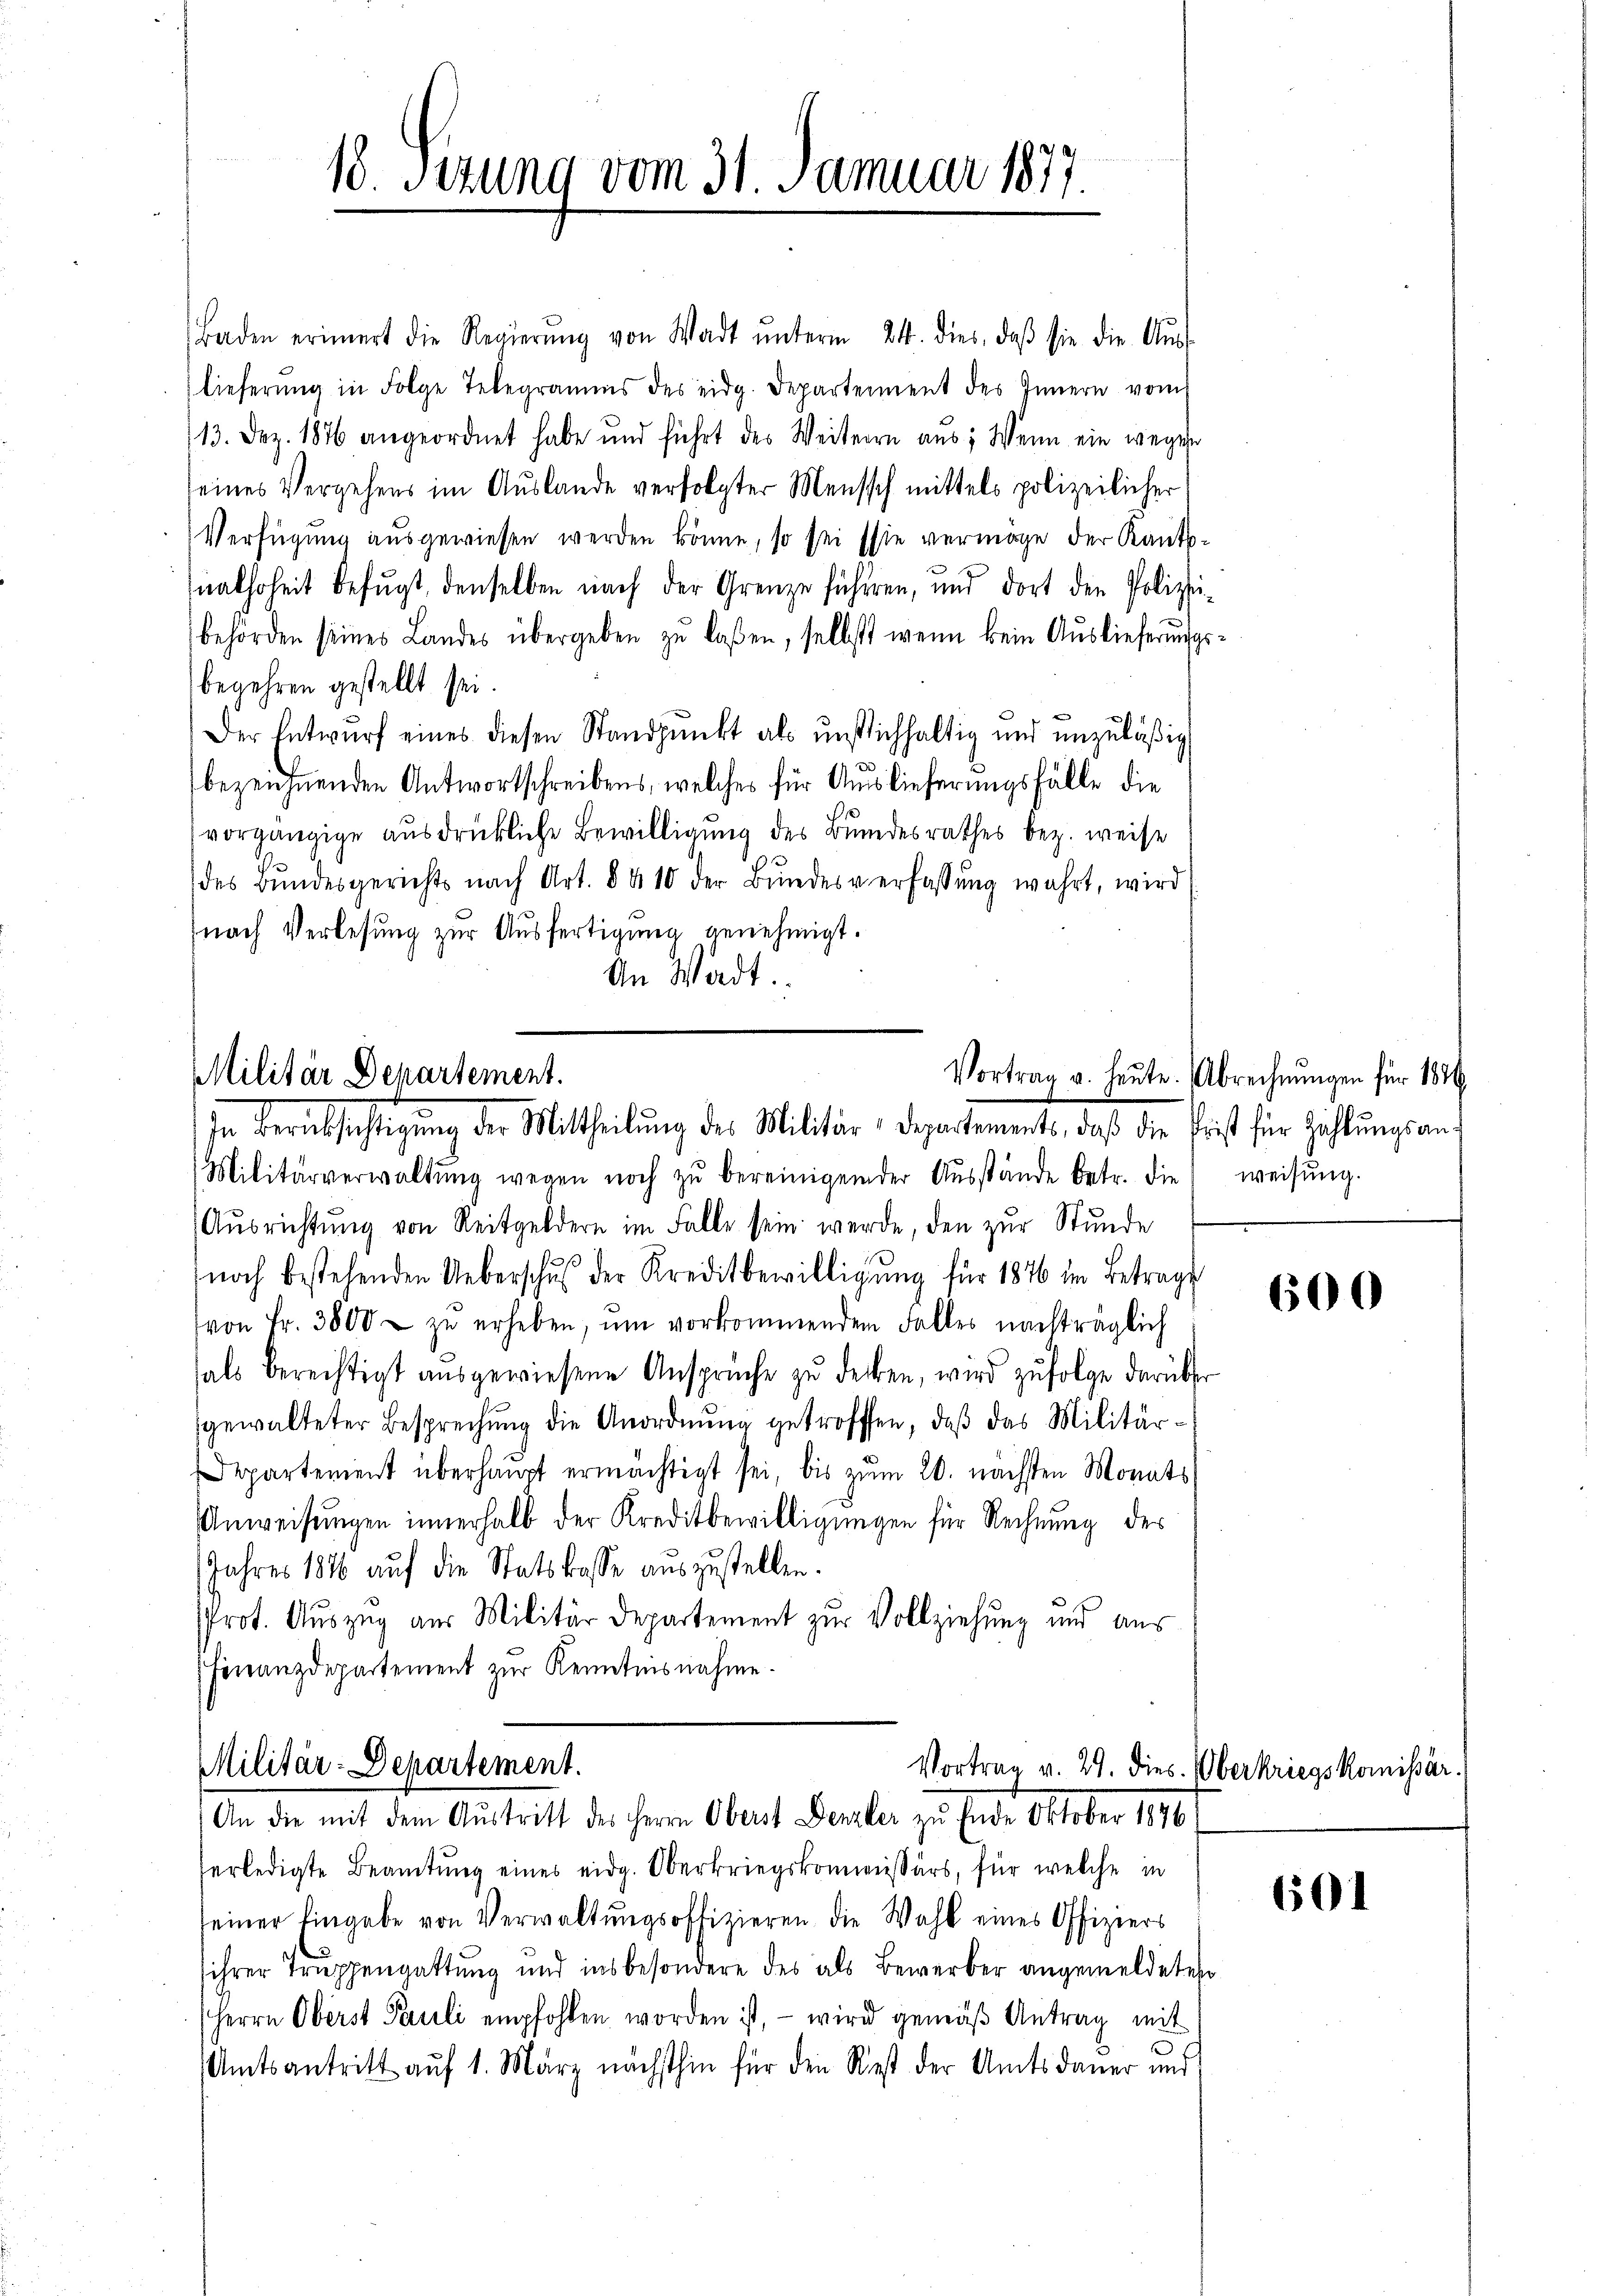
18. Setzung vom 31. Januar 1877.

Baden erinnert die Regierŭng von Wadt ŭnterm 24. dies, daβ sie die Aŭs-
lieferŭng in Folge Telegramms des eidg. Departement des Innern vom
113. Dez. 1876 angeordnet habe und führt des Weiteren aus: Wenn ein wegen
seines Vergehens im Auslande verfolgter Mensch mittels polizeilicher
Verfügung ausgewiesen werden könne, so sei sie vermöge der Kantonalhoheit befugt, denselben nach der Grenze führen, und dort den Polizei-
behörden seines Landes übergeben zŭ laßen, selbst wenn kein Auslieferungsbegehren gestellt sei.
Der Entwurf eines diesen Standpunkt als unstlichhaltig und unzuläßig
bezeichnenden Antwortschreibens, welches für Auslieferungsfälle die
vorgängige ausdrückliche Bewilligung des Bundesrathes bez. weise
des Bŭndesgerichts nach Art. 8 & 10 der Bŭndesverfassŭng wahrt, wird
(nach Verlesung zur Ausfertigung genehmigt.
An Wadt.

Militär Departement.
In Berücksichtigŭng der Mittheilŭng des Militär-Departements, daß die Frist für Zählŭngsan¬

Militärverwaltŭng wegen noch zŭ bereinigender Aŭsstände betr. die weisŭng.
Aŭsrichtŭng von Reitgeldern im Falle sein werde, den zur Stunde
noch bestehenden Ueberschuß der Kreditbewilligung für 1846 im Betrage
von Fr. 3800 zŭ erheben, ŭm vorkommendem Falles nachträglich
hals berechtigt aŭsgewiesene Ansprüche zŭ decken, wird zŭfolge darüber
gewalteter Besprechung die Anordnung getroffen, daß das Militär¬
Departement überhaupt ermächtigt sei, bis zŭm 20. nächsten Monats
Anweisungen innerhalb der Kreditbewilligungen für Rechnung des
Jahres 1816 auf die Statskasse auszustellen.
Prot. Auszug aus Militär Departement zur Vollziehung und aus
Finanzdepartement zŭr Kenntnisnahme.

Militär-Departement.
Vortrag v. 29. dies
An die mit dem Aŭstritt des Herrn Oberst Denzler zu Ende Oktober 1890

Vortrag u. heute. Abrechnŭngen für 1846

erledigte Beamtŭng eines eidg. Oberkriegskommissärs, für welche in
seiner Eingabe von Verwaltŭngsoffizieren die Wahl eines Offiziers
ihrer Truppengattung und insbesondere des als Bewerber angemeldeten
Herrn Oberst Pauli empfohlen worden ist, – wird gemäß Antrag mit
Amtsantritt auf 1. März nächsthin für den Rest der Amtsdauer und

600

Überkriegskomissär.

601